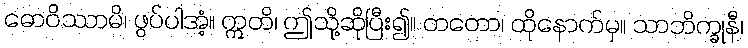
ဓောဝိဿာမိ၊ ဖွပ်ပါအံ့။ ဣတိ၊ ဤသို့ဆိုပြီး၍။ တတော၊ ထိုနောက်မှ။ သာဘိက္ခုနီ၊